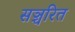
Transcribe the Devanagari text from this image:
सञ्चरित